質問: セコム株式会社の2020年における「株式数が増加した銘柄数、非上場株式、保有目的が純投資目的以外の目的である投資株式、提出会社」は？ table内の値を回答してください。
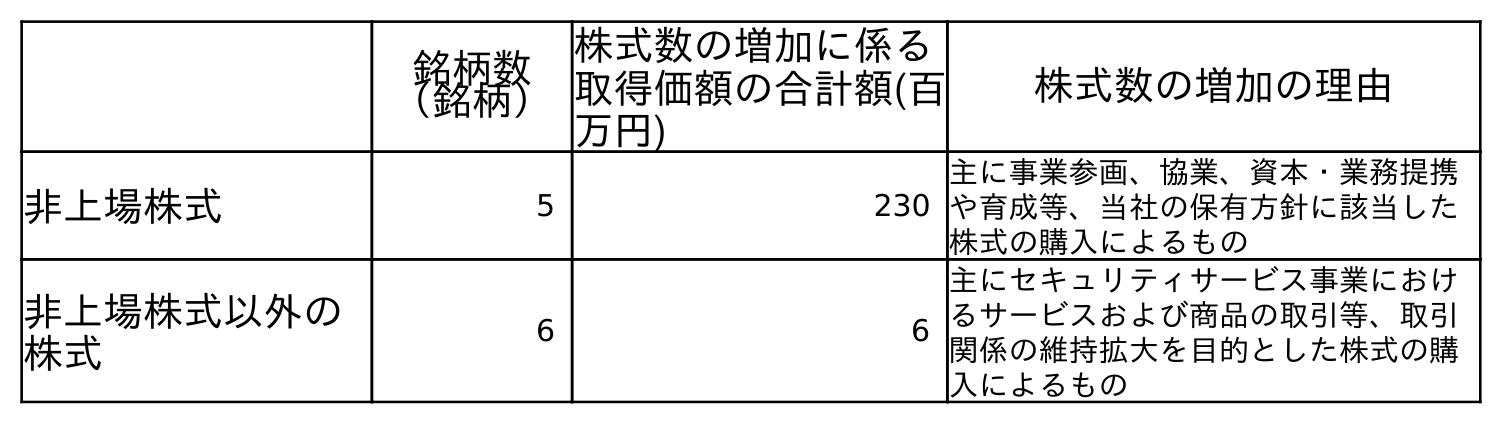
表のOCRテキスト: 銘柄数 （銘柄） 株式数の増加に係る 取得価額の合計額(百 万円) 株式数の増加の理由 非上場株式 5 230 主に事業参画、協業、資本・業務提携 や育成等、当社の保有方針に該当した 株式の購入によるもの 非上場株式以外の 株式 6 6 主にセキュリティサービス事業におけ るサービスおよび商品の取引等、取引 関係の維持拡大を目的とした株式の購 入によるもの
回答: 5